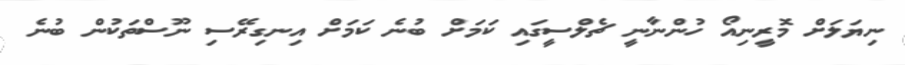
ނިޔަލަށް މޮރީނިއޯ ހުންނާނީ ޗެލްސީގައި ކަމަށް ބުނެ ކަމަށް އިނގިރޭސި ނޫސްތަކުން ބުނެ